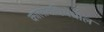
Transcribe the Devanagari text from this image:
कालावधिमधील